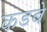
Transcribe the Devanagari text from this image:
कडबे